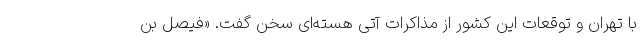
با تهران و توقعات این کشور از مذاکرات آتی هسته‌ای سخن گفت. «فیصل بن